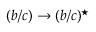
( b / c ) \to ( b / c ) ^ { \star }